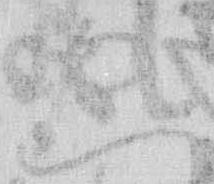
ゑ